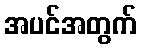
အပင်အတွက်